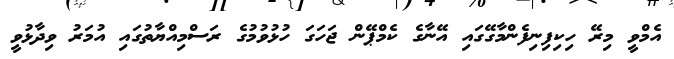
އެމްވީ މިރޭ ހިކިފިނިފެންމާގޭގައި އޭނާގެ ކެމްޕޭން ޖަހަގަ ހުޅުވުމުގެ ރަސްމިއްޔާތުގައި އުމަރު ވިދާޅުވީ